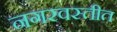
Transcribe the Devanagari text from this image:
नगरवस्तीत